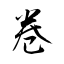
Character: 卷